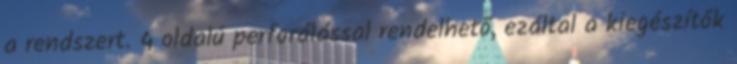
a rendszert. 4 oldalú perforálással rendelhető, ezáltal a kiegészítők